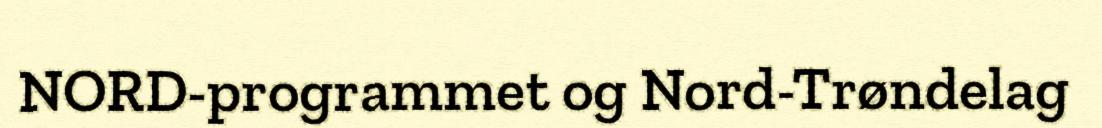
NORD-programmet og Nord-Trøndelag